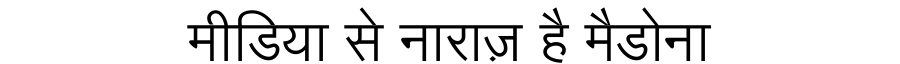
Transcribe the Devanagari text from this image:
मीडिया से नाराज़ है मैडोना